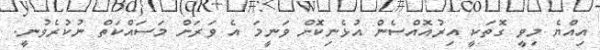
އިއްޔެ މިވީ ގޮތަކީ އިރުއޮއްސެން އުޅެނިކޮށް ވަނީމަ އެ ވަރަށް މަސައްކަަތް ނުކުރެވުނީ.